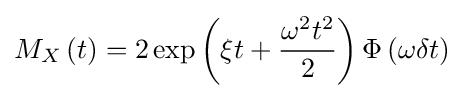
M_{X}\left(t\right)=2\exp \left(\xi t+{\frac {\omega ^{2}t^{2}}{2}}\right)\Phi \left(\omega \delta t\right)